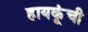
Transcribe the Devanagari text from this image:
हायकूंची